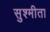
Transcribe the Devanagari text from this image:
सुश्मीता